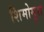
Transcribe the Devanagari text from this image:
शिमोमूरा